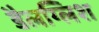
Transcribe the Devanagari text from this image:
डैलग्लिश